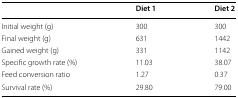
|  | Diet 1 | Diet 2 |
 | --- | --- | --- |
 | Initial weight (g) | 300 | 300 |
 | Final weight (g) | 631 | 1442 |
 | Gained weight (g) | 331 | 1142 |
 | Specific growth rate (%) | 11.03 | 38.07 |
 | Feed conversion ratio | 1.27 | 0.37 |
 | Survival rate (%) | 29.80 | 79.00 |